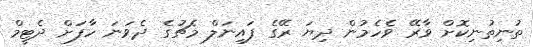
ތުނިތުނިކޮށް ވާރޭ ވެހެމުން ދިޔަ ރޭގެ ފައިނަލް މެޗުގެ ދެވަނަ ހާފަށް ދެޓީމް